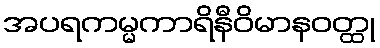
အပရကမ္မကာရိနီဝိမာနဝတ္ထု